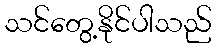
သင်တွေ့နိုင်ပါသည်